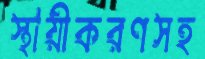
স্থায়ীকরণসহ